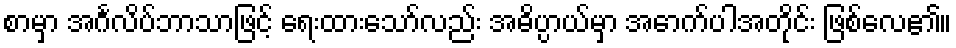
စာမှာ အင်္ဂလိပ်ဘာသာဖြင့် ရေးထားသော်လည်း အဓိပ္ပာယ်မှာ အောက်ပါအတိုင်း ဖြစ်လေ၏။